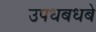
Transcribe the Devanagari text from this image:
उपधबधबे